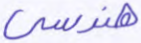
هندسي